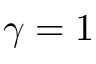
\gamma = 1